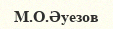
М.О.Әуезов